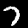
Digit: 7